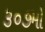
૩૦૭મો